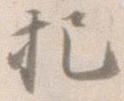
把